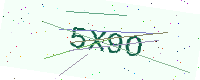
Text: 5X9O